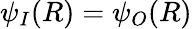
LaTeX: \psi_{I}(R)=\psi_{O}(R)